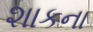
શાકના